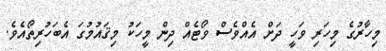
މިހާރުގެ މިހަރި ވަހީ ދަށް އެއްވެސް ވޯޓެއް ދިން މީހަކު މިޤައުމުގަ އެބަހުރިތޯއެވެ.